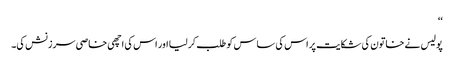
‘‘
پولیس نے خاتون کی شکایت پر اس کی ساس کو طلب کر لیا اور اس کی اچھی خاصی سرزنش کی۔